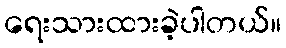
ရေးသားထားခဲ့ပါတယ်။